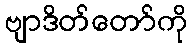
ဗျာဒိတ်တော်ကို